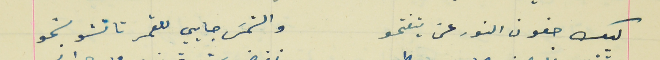
ليك جفون النور عن يتفتحو                                        والشمسَ جايي للقمر تا تشوشحو